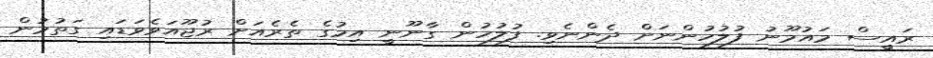
ރައީސް މައުމޫނު ފުލުހުންނަށް ދެންނެވި. ފުލުހުން ގާނޫނީ އިމުގެ ތެރެއަށް ރުޖޫއަވެވަޑައި ގަތުމުން